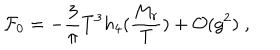
{ \cal F } _ { 0 } = - \frac { 3 } { \pi } T ^ { 3 } h _ { 4 } ( \frac { M _ { r } } { T } ) + { \cal O } ( g ^ { 2 } ) \; ,